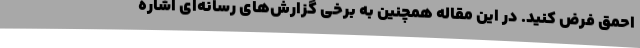
احمق فرض کنید. در این مقاله همچنین به برخی گزارش‌های رسانه‌ای اشاره